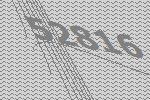
52816